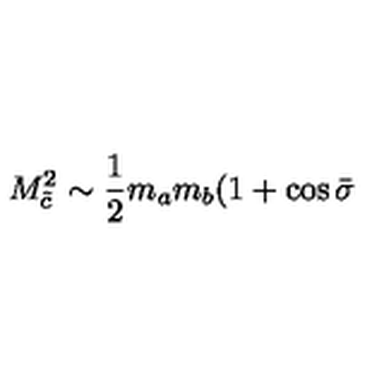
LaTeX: M _ { \tilde { c } } ^ { 2 } \sim \frac { 1 } { 2 } m _ { a } m _ { b } ( 1 + \cos \bar { \sigma }